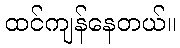
ထင်ကျန်နေတယ်။